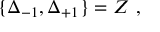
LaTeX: \{ \Delta _ { - 1 } , \Delta _ { + 1 } \} = Z \ ,